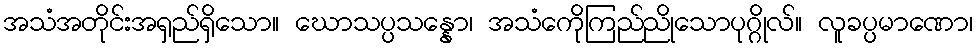
အသံအတိုင်းအရှည်ရှိသော။ ဃောသပ္ပသန္နော၊ အသံကေိုကြည်ညိုသောပုဂ္ဂိုလ်။ လူခပ္ပမာဏော၊